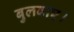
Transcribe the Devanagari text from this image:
बुलवाए।